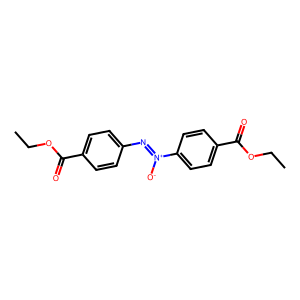
SMILES: CCOC(=O)c1ccc(N=[N+]([O-])c2ccc(C(=O)OCC)cc2)cc1
Inhibits HIV replication: No